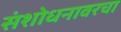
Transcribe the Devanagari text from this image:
संशोधनावरचा